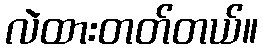
လဲထားတတ်တယ်။